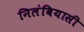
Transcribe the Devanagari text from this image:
निलंबियासी